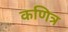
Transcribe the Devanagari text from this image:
कणित्र